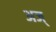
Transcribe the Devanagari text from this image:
अज्